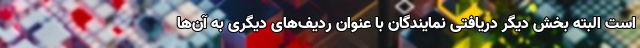
است البته بخش دیگر دریافتی نمایندگان با عنوان ردیف‌های دیگری به آن‌ها